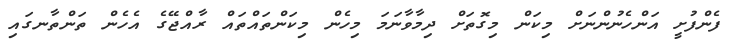
ފެންފުށީ އަންހެނުންނަށް މިކަން މިގޮތަށް ދިމާވާނަމަ މިހެން މިކަންތައްތައް ރާއްޖޭގެ އެހެން ތަންތާނގައި